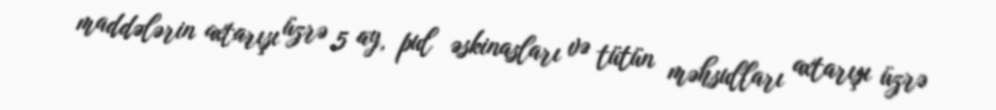
maddələrin axtarışı üzrə 5 ay, pul əskinasları və tütün məhsulları axtarışı üzrə